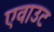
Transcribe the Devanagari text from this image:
एवाउट